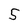
Character: 5